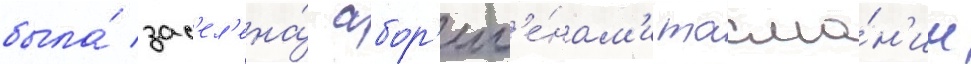
была́ зас'ел'ена́ абор'иг'е́нам'и тасма́н'ии